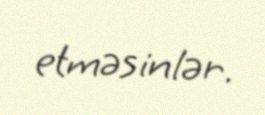
etməsinlər.